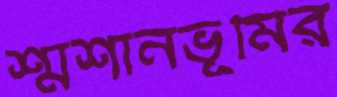
শ্মশানভূমির